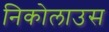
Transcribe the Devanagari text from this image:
निकोलाउस